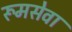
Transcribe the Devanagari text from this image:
रूमसेवा